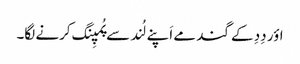
اؤر دِدِ کے گند مے اَپنے لُند سے پُمپِنگ کرنے لگا۔